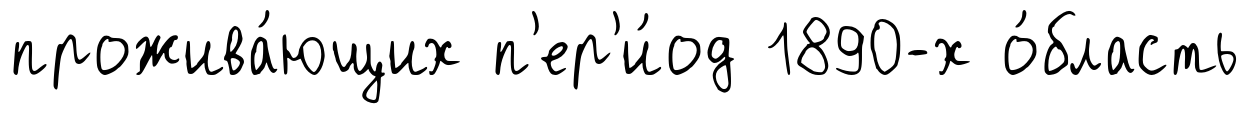
прожива́ющих п'ер'и́од 1890-х о́бласть